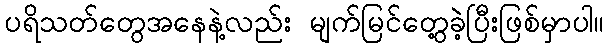
ပရိသတ်တွေအနေနဲ့လည်း မျက်မြင်တွေ့ခဲဲ့ပြီးဖြစ်မှာပါ။